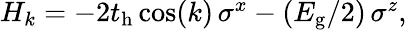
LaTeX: \begin{array}{r}{H_{k}=-2t_{\mathrm{h}}\cos(k)\, \sigma^{x}-(E_{\mathrm{g}}/2)\, \sigma^{z},}\end{array}